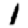
Digit: 1